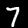
Label: 7